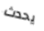
يحدث